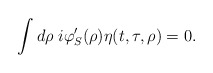
\begin{align*}\int d\rho\;i\varphi'_S(\rho)\eta(t,\tau,\rho)=0.\end{align*}